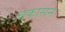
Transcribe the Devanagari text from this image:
बकासन